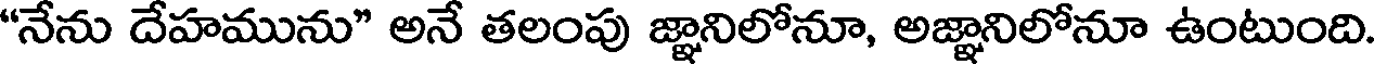
"నేను దేహమును" అనే తలంపు జ్ఞానిలోనూ, అజ్ఞానిలోనూ ఉంటుంది.